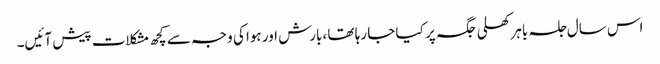
اس سال جلسہ باہر کھلی جگہ پر کیا جا رہا تھا ،بارش اور ہوا کی وجہ سے کچھ مشکلات پیش آئیں۔